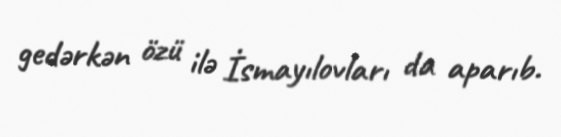
gedərkən özü ilə İsmayılovları da aparıb.